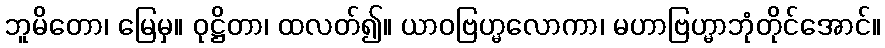
ဘူမိတော၊ မြေမှ။ ဝုဋ္ဌိတာ၊ ထလတ်၍။ ယာဝဗြဟ္မလောကာ၊ မဟာဗြဟ္မာဘုံတိုင်အောင်။